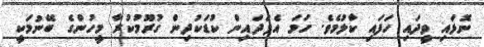
ނޮޅައި ވީދައި ހަފައި ކާލުމެވެ. ހަމަ އެފަދައިން ކުޑަކުދިން ގުރޫމުކުރާ މީހުންގެ ބޭނުމަކީ